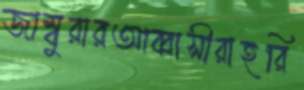
জাম্বুরারআব্বাসীরাহরি